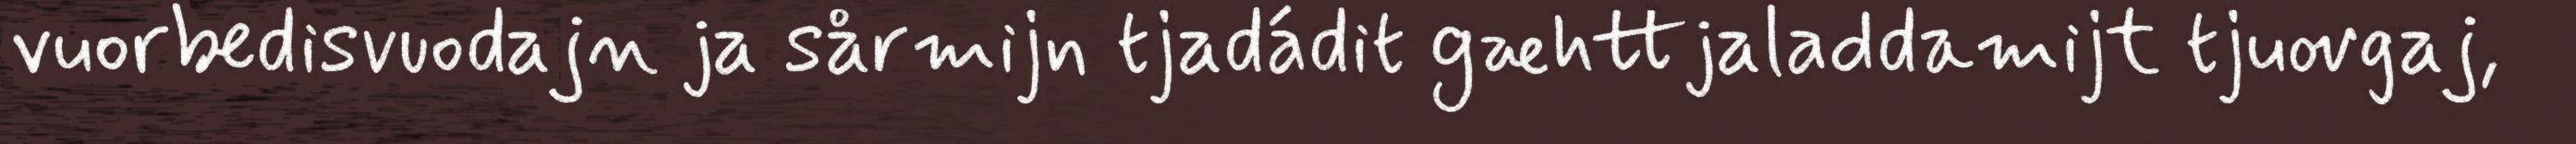
vuorbedisvuodajn ja sårmijn tjadádit gæhttjaladdamijt tjuovgaj,